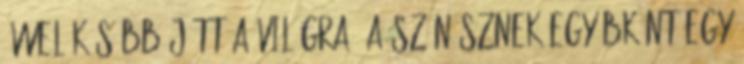
évvel később jött a világra. A színésznek egyébként egy